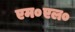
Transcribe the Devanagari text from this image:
एम०एल०